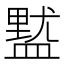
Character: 𱲔